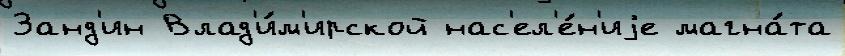
Занд'ин Влад'и́м'ирской нас'ел'е́н'иjе магна́та